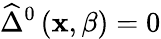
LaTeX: \widehat{\Delta}^{0}\left(\mathbf{x},\beta\right)=0